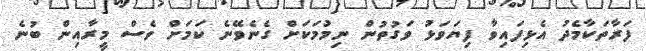
ފަރާތަކާމެދު އެޅިފައިވާ ފިޔަވަޅު ވަގުތުން ނިމުމަކަށް ގެނެވޭނެ ކަމަށް ވެސް މީރާއިން ބުނެ